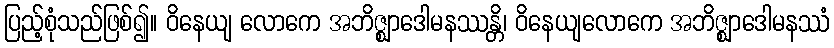
ပြည့်စုံသည်ဖြစ်၍။ ဝိနေယျ လောကေ အဘိဇ္ဈာဒေါမနဿန္တိ၊ ဝိနေယျလောကေ အဘိဇ္ဈာဒေါမနဿံ